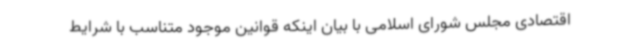
اقتصادی مجلس شورای اسلامی با بیان اینکه قوانین موجود متناسب با شرایط